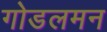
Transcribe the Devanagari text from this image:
गोडलमन